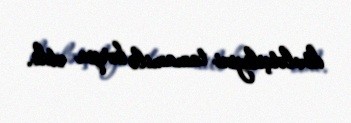
dövlətçiliyini tamamilə bərpa etdi.